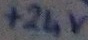
Text: +24V